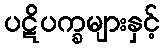
ပဋိပက္ခများနှင့်